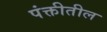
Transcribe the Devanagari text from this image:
पंक्तीतील